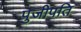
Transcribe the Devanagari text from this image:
पुजीपति